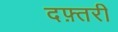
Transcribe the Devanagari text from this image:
दफ़्तरी